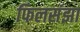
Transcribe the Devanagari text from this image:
फिलसंझा